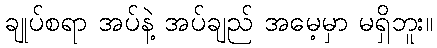
ချုပ်စရာ အပ်နဲ့ အပ်ချည် အမေ့မှာ မရှိဘူး။